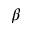
\beta